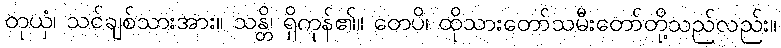
တုယှံ၊ သင်ချစ်သားအား။ သန္တိ၊ ရှိကုန်၏။ တေပိ၊ ထိုသားတော်သမီးတော်တို့သည်လည်း။